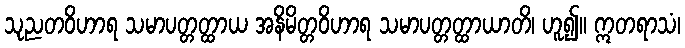
သုညတဝိဟာရ သမာပတ္တတ္ထာယ အနိမိတ္တဝိဟာရ သမာပတ္တတ္ထာယာတိ၊ ဟူ၍။ ဣတရာသံ၊